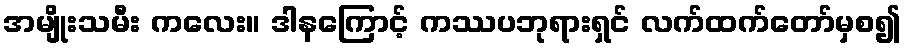
အမျိုးသမီး ကလေး။ ဒါနကြောင့် ကဿပဘုရားရှင် လက်ထက်တော်မှစ၍